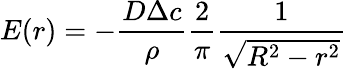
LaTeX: E(r)=-\frac{D\Delta c}{\rho}\frac{2}{\pi}\frac{1}{\sqrt{R^{2}-r^{2}}}